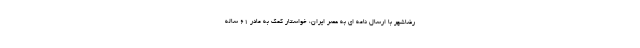
رضاشهر با ارسال نامه ای به عصر ایران، خواستار کمک به مادر ۶۱ ساله